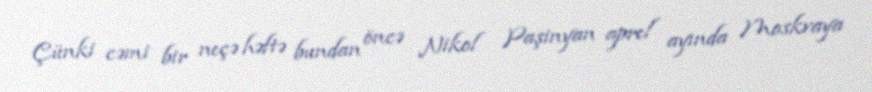
Çünki cəmi bir neçə həftə bundan öncə Nikol Paşinyan aprel ayında Moskvaya